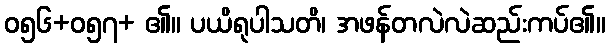
ဝ၅၆+၀၅၇+ ၏။ ပယိရုပါသတိ၊ အဖန်တလဲလဲဆည်းကပ်၏။